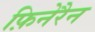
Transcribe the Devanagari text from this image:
फ़िनेरैन